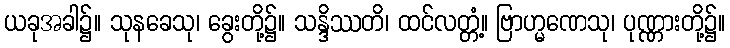
ယခုအခါ၌။ သုနခေသု၊ ခွေးတို့၌။ သန္ဒိဿတိ၊ ထင်လတ္တံ့။ ဗြာဟ္မဏေသု၊ ပုဏ္ဏားတို့၌။